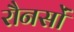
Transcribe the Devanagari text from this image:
रौनसों